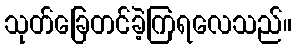
သုတ်ခြေတင်ခဲ့ကြရလေသည်။